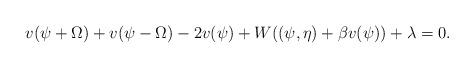
LaTeX: \begin{align*}v(\psi + \Omega) +v(\psi - \Omega)- 2 v(\psi) + W((\psi, \eta) + \beta v(\psi)) +\lambda = 0.\end{align*}